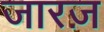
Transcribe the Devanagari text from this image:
जारज़